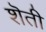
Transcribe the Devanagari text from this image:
शॆती